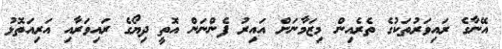
އޭނާގެ ރައިވަރުތަކުގެ ތެރެއިން މިޒަމާނަށް އައިރު ފެންނަން އޮތީ ދިޔޯގެ ރައިވަރާއި އަރިއަތޮޅު